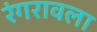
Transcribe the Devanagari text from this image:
रंगरावला